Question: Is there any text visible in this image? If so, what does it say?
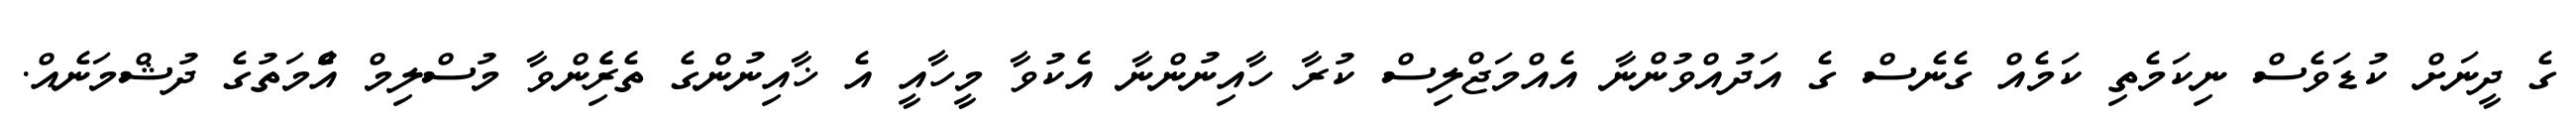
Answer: ގެ ދީނަށް ކުޑަވެސް ނިކަމެތި ކަމެއް ގެނެސް ގެ އަދުއްވުންނާ އެއްމަޖްލިސް ކުރާ ހާއިނުންނާ އެކުވާ މީހާއީ އެ ޚާއިނުންގެ ތެރެެިންވާ މުސްލިމް އުެްމަތުގެ ދުޝްމަނެއް.